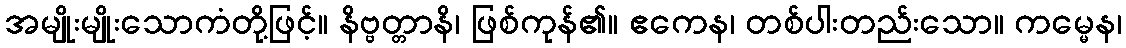
အမျိုးမျိုးသောကံတို့ဖြင့်။ နိဗ္ဗတ္တာနိ၊ ဖြစ်ကုန်၏။ ဧကေန၊ တစ်ပါးတည်းသော။ ကမ္မေန၊